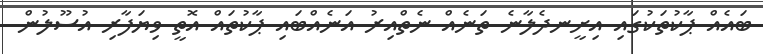
ބައެއް ޕާކުތަކުގައި އިށީނދެލާނެ ތަނެއް ނެތްއިރު އަނެއްބައި ޕާކުތައް އޮތީ ވިޔަފާރި އުސޫލުން